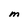
Character: M